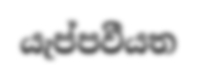
යැප්පවීයත